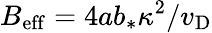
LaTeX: B_{\mathrm{eff}}=4ab_{*}\kappa^{2}/v_{\mathrm{D}}